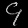
Digit: ၄